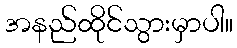
အနည်ထိုင်သွားမှာပါ။